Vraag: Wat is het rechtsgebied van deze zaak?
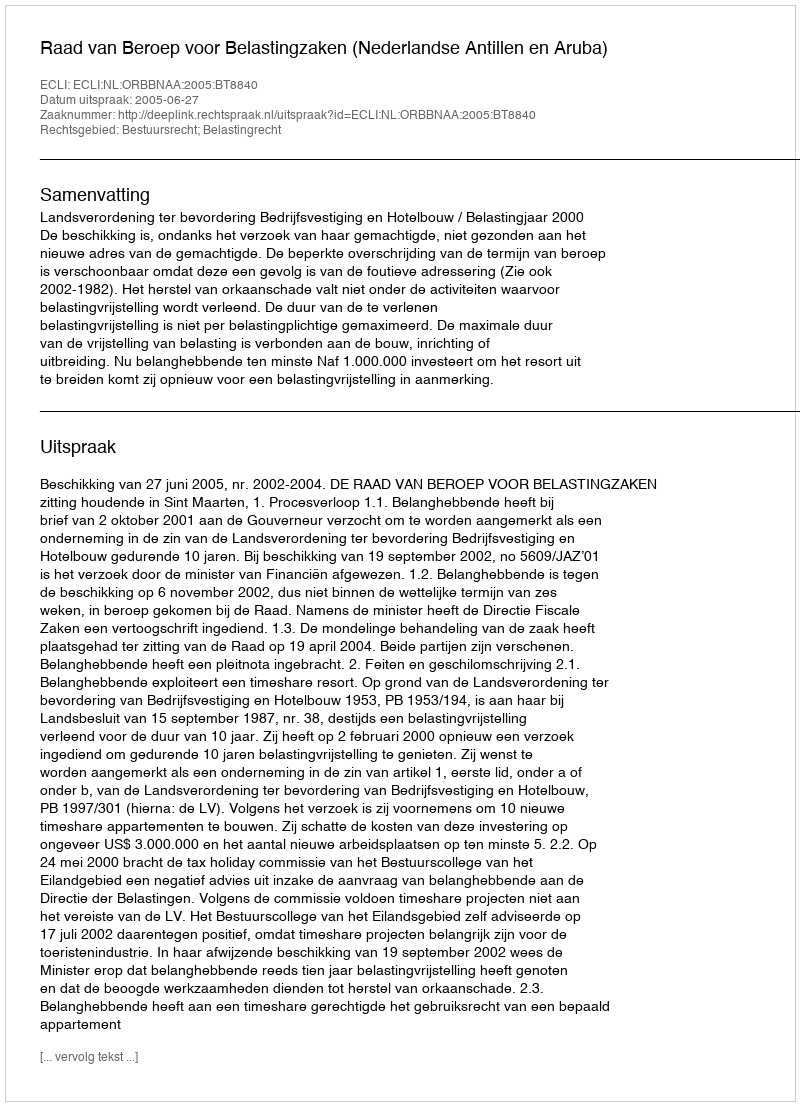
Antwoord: Bestuursrecht; Belastingrecht